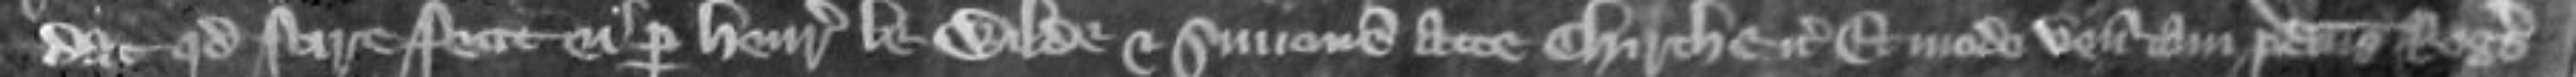
dat quod scire fecit ei per Henricum le Wilde et Simonem atte Chirche etc Et modo venit tam predictus Rogerus